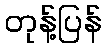
တုန့်ပြန်